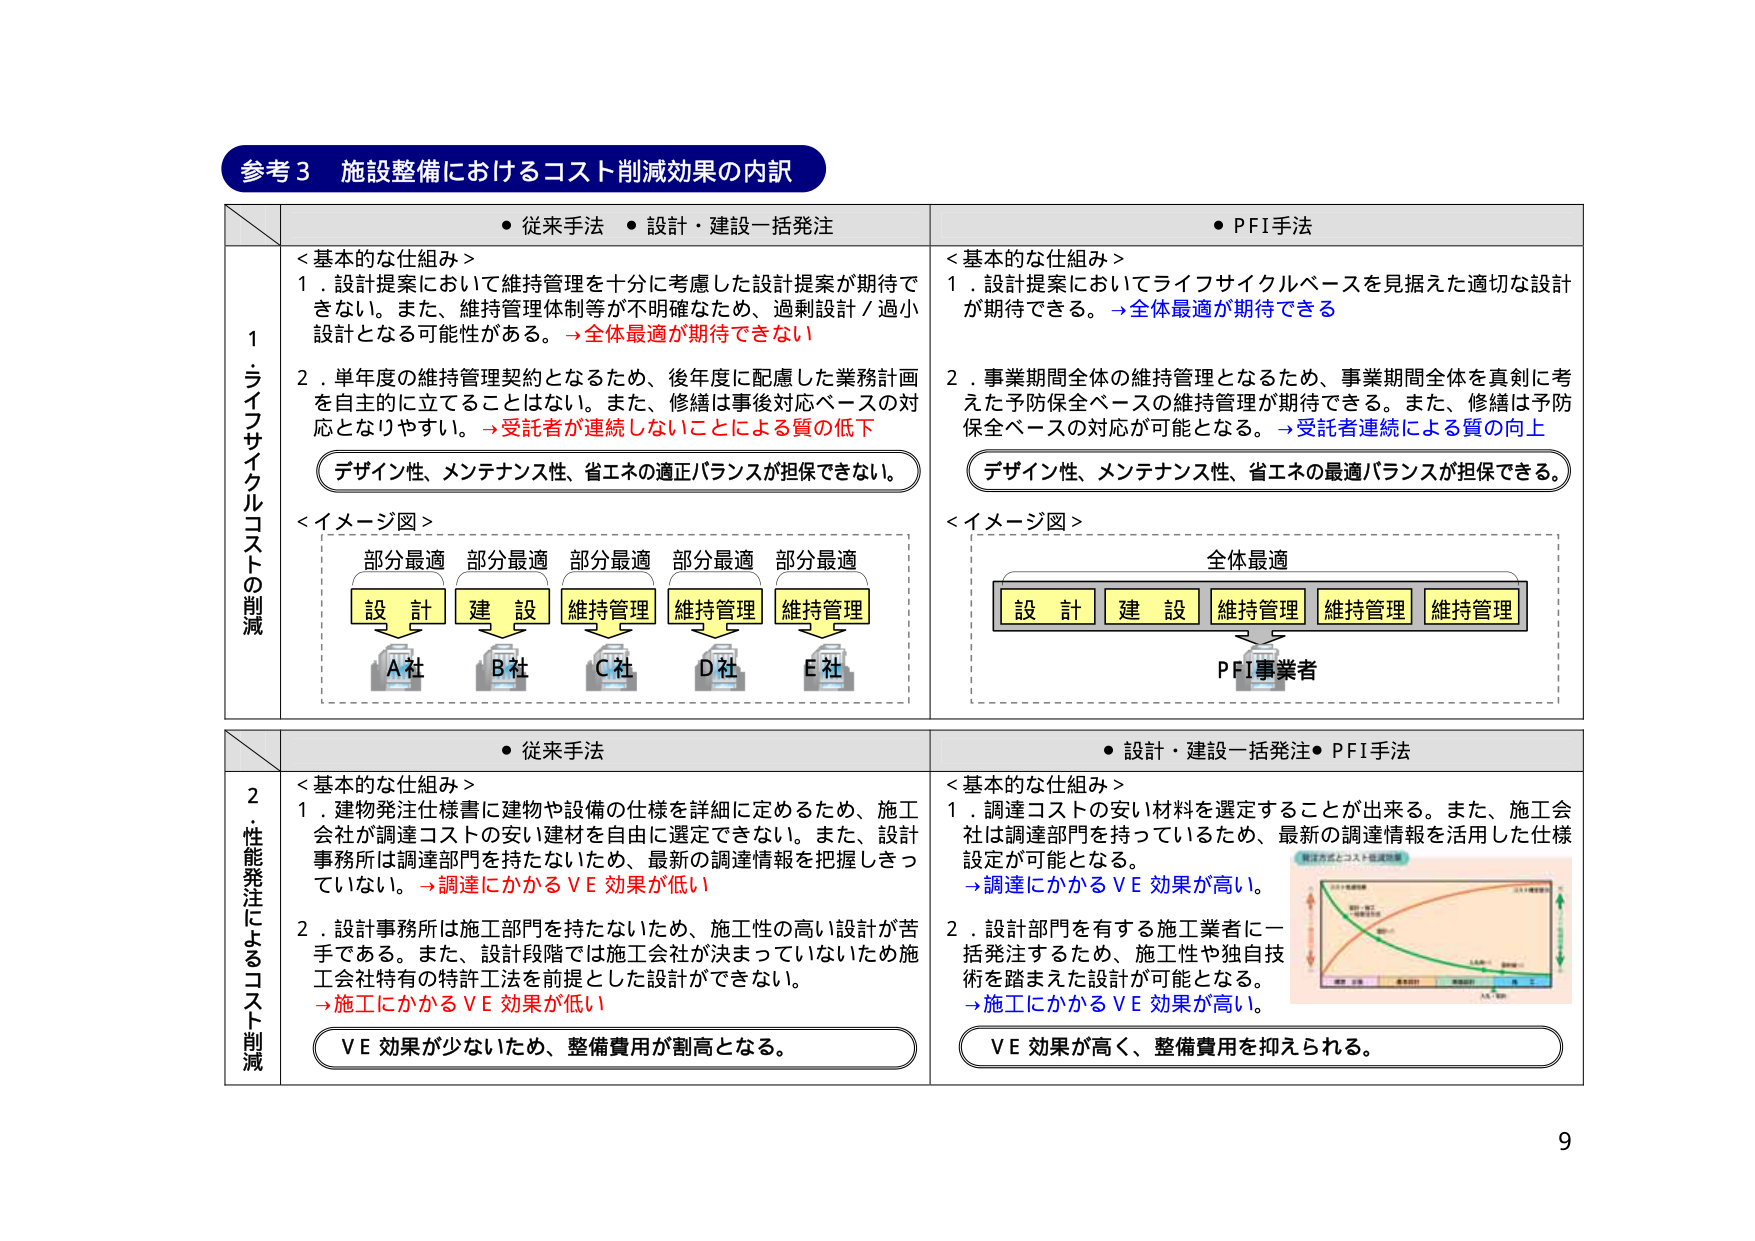
参考3 施設整備におけるコスト削減効果の内訳

・従来手法・設計・建設一括発注
・PFI手法

1．ライフサイクルコストの削減

＜基本的な仕組み＞
1．設計提案において維持管理を十分に考慮した設計提案が期待できない。また、維持管理体制等が不明確なため、過剰設計／過小設計となる可能性がある。→全体最適が期待できない

2．単年度の維持管理契約となるため、後年度に配慮した業務計画を自主的に立てることはできない。また、修繕は事後対応ベースの対応となりやすい。→受託者が連続しないことによる質の低下

（デザイン性、メンテナンス性、省エネの適正バランスが担保できない。）

＜イメージ図＞
部分最適 部分最適 部分最適 部分最適 部分最適
設計 建設 維持管理 維持管理 維持管理
A社 B社 C社 D社 E社

＜基本的な仕組み＞
1．設計提案においてライフサイクルベースを見据えた適切な設計が期待できる。→全体最適が期待できる

2．事業期間全体の維持管理となるため、事業期間全体を真剣に考えた予防保全ベースの維持管理が期待できる。また、修繕は予防保全ベースの対応が可能となる。→受託者連続による質の向上

（デザイン性、メンテナンス性、省エネの最適バランスが担保できる。）

＜イメージ図＞
全体最適
設計 建設 維持管理 維持管理 維持管理
PFI事業者

2．性能発注によるコスト削減

＜基本的な仕組み＞
1．建物発注仕様書に建物や設備の仕様を詳細に定めるため、施工会社が調達コストの安い建材を自由に選定できない。また、設計事務所は調達部門を持たないため、最新の調達情報を把握しきっていない。→調達にかかるＶＥ効果が低い

2．設計事務所は施工部門を持たないため、施工性の高い設計が苦手である。また、設計段階では施工会社が決まっていないため施工会社特有の特許工法を前提とした設計ができない。→施工にかかるＶＥ効果が低い

（ＶＥ効果が少ないため、整備費用が割高となる。）

＜基本的な仕組み＞
1．調達コストの安い材料を選定することが出来る。また、施工会社は調達部門を持っているため、最新の調達情報を活用した仕様設定が可能となる。→調達にかかるＶＥ効果が高い。

2．設計部門を有する施工業者に一括発注するため、施工性や独自技術を踏まえた設計が可能となる。→施工にかかるＶＥ効果が高い。

（ＶＥ効果が高く、整備費用を抑えられる。）

9